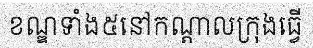
ខណ្ឌទាំង៥នៅកណ្តាលក្រុងធ្វើ